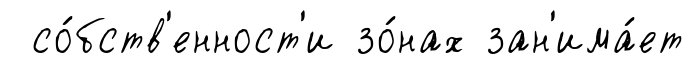
со́бств'енност'и зо́нах зан'има́ет